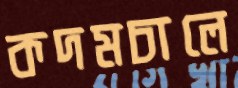
কদমচালে